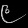
Digit: ၉